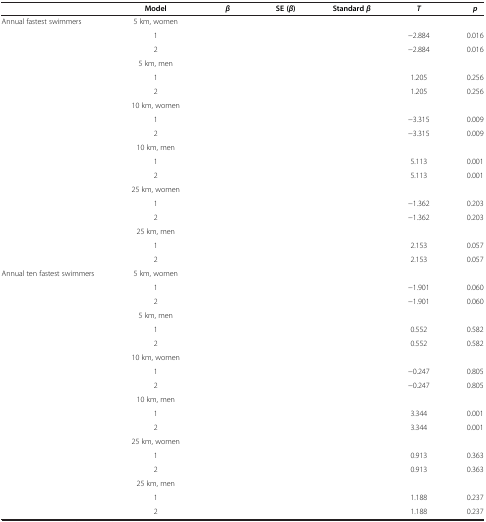
<table><thead><tr><td>[EMPTY_CELL]</td><td><b>Model</b></td><td><b><i>β</i></b></td><td><b>SE ( <i>β </i>)</b></td><td><b>Standard <i>β</i></b></td><td><b><i>T</i></b></td><td><b><i>p</i></b></td></tr></thead><tbody><tr><td>Annual fastest swimmers</td><td>5 km, women</td><td>[EMPTY_CELL]</td><td>[EMPTY_CELL]</td><td>[EMPTY_CELL]</td><td>[EMPTY_CELL]</td><td>[EMPTY_CELL]</td></tr><tr><td>[EMPTY_CELL]</td><td>1</td><td>[EMPTY_CELL]</td><td>[EMPTY_CELL]</td><td>[EMPTY_CELL]</td><td>-2.884</td><td>0.016</td></tr><tr><td>[EMPTY_CELL]</td><td>2</td><td>[EMPTY_CELL]</td><td>[EMPTY_CELL]</td><td>[EMPTY_CELL]</td><td>-2.884</td><td>0.016</td></tr><tr><td>[EMPTY_CELL]</td><td>5 km, men</td><td>[EMPTY_CELL]</td><td>[EMPTY_CELL]</td><td>[EMPTY_CELL]</td><td>[EMPTY_CELL]</td><td>[EMPTY_CELL]</td></tr><tr><td>[EMPTY_CELL]</td><td>1</td><td>[EMPTY_CELL]</td><td>[EMPTY_CELL]</td><td>[EMPTY_CELL]</td><td>1.205</td><td>0.256</td></tr><tr><td>[EMPTY_CELL]</td><td>2</td><td>[EMPTY_CELL]</td><td>[EMPTY_CELL]</td><td>[EMPTY_CELL]</td><td>1.205</td><td>0.256</td></tr><tr><td>[EMPTY_CELL]</td><td>10 km, women</td><td>[EMPTY_CELL]</td><td>[EMPTY_CELL]</td><td>[EMPTY_CELL]</td><td>[EMPTY_CELL]</td><td>[EMPTY_CELL]</td></tr><tr><td>[EMPTY_CELL]</td><td>1</td><td>[EMPTY_CELL]</td><td>[EMPTY_CELL]</td><td>[EMPTY_CELL]</td><td>-3.315</td><td>0.009</td></tr><tr><td>[EMPTY_CELL]</td><td>2</td><td>[EMPTY_CELL]</td><td>[EMPTY_CELL]</td><td>[EMPTY_CELL]</td><td>-3.315</td><td>0.009</td></tr><tr><td>[EMPTY_CELL]</td><td>10 km, men</td><td>[EMPTY_CELL]</td><td>[EMPTY_CELL]</td><td>[EMPTY_CELL]</td><td>[EMPTY_CELL]</td><td>[EMPTY_CELL]</td></tr><tr><td>[EMPTY_CELL]</td><td>1</td><td>[EMPTY_CELL]</td><td>[EMPTY_CELL]</td><td>[EMPTY_CELL]</td><td>5.113</td><td>0.001</td></tr><tr><td>[EMPTY_CELL]</td><td>2</td><td>[EMPTY_CELL]</td><td>[EMPTY_CELL]</td><td>[EMPTY_CELL]</td><td>5.113</td><td>0.001</td></tr><tr><td>[EMPTY_CELL]</td><td>25 km, women</td><td>[EMPTY_CELL]</td><td>[EMPTY_CELL]</td><td>[EMPTY_CELL]</td><td>[EMPTY_CELL]</td><td>[EMPTY_CELL]</td></tr><tr><td>[EMPTY_CELL]</td><td>1</td><td>[EMPTY_CELL]</td><td>[EMPTY_CELL]</td><td>[EMPTY_CELL]</td><td>-1.362</td><td>0.203</td></tr><tr><td>[EMPTY_CELL]</td><td>2</td><td>[EMPTY_CELL]</td><td>[EMPTY_CELL]</td><td>[EMPTY_CELL]</td><td>-1.362</td><td>0.203</td></tr><tr><td>[EMPTY_CELL]</td><td>25 km, men</td><td>[EMPTY_CELL]</td><td>[EMPTY_CELL]</td><td>[EMPTY_CELL]</td><td>[EMPTY_CELL]</td><td>[EMPTY_CELL]</td></tr><tr><td>[EMPTY_CELL]</td><td>1</td><td>[EMPTY_CELL]</td><td>[EMPTY_CELL]</td><td>[EMPTY_CELL]</td><td>2.153</td><td>0.057</td></tr><tr><td>[EMPTY_CELL]</td><td>2</td><td>[EMPTY_CELL]</td><td>[EMPTY_CELL]</td><td>[EMPTY_CELL]</td><td>2.153</td><td>0.057</td></tr><tr><td>Annual ten fastest swimmers</td><td>5 km, women</td><td>[EMPTY_CELL]</td><td>[EMPTY_CELL]</td><td>[EMPTY_CELL]</td><td>[EMPTY_CELL]</td><td>[EMPTY_CELL]</td></tr><tr><td>[EMPTY_CELL]</td><td>1</td><td>[EMPTY_CELL]</td><td>[EMPTY_CELL]</td><td>[EMPTY_CELL]</td><td>-1.901</td><td>0.060</td></tr><tr><td>[EMPTY_CELL]</td><td>2</td><td>[EMPTY_CELL]</td><td>[EMPTY_CELL]</td><td>[EMPTY_CELL]</td><td>-1.901</td><td>0.060</td></tr><tr><td>[EMPTY_CELL]</td><td>5 km, men</td><td>[EMPTY_CELL]</td><td>[EMPTY_CELL]</td><td>[EMPTY_CELL]</td><td>[EMPTY_CELL]</td><td>[EMPTY_CELL]</td></tr><tr><td>[EMPTY_CELL]</td><td>1</td><td>[EMPTY_CELL]</td><td>[EMPTY_CELL]</td><td>[EMPTY_CELL]</td><td>0.552</td><td>0.582</td></tr><tr><td>[EMPTY_CELL]</td><td>2</td><td>[EMPTY_CELL]</td><td>[EMPTY_CELL]</td><td>[EMPTY_CELL]</td><td>0.552</td><td>0.582</td></tr><tr><td>[EMPTY_CELL]</td><td>10 km, women</td><td>[EMPTY_CELL]</td><td>[EMPTY_CELL]</td><td>[EMPTY_CELL]</td><td>[EMPTY_CELL]</td><td>[EMPTY_CELL]</td></tr><tr><td>[EMPTY_CELL]</td><td>1</td><td>[EMPTY_CELL]</td><td>[EMPTY_CELL]</td><td>[EMPTY_CELL]</td><td>-0.247</td><td>0.805</td></tr><tr><td>[EMPTY_CELL]</td><td>2</td><td>[EMPTY_CELL]</td><td>[EMPTY_CELL]</td><td>[EMPTY_CELL]</td><td>-0.247</td><td>0.805</td></tr><tr><td>[EMPTY_CELL]</td><td>10 km, men</td><td>[EMPTY_CELL]</td><td>[EMPTY_CELL]</td><td>[EMPTY_CELL]</td><td>[EMPTY_CELL]</td><td>[EMPTY_CELL]</td></tr><tr><td>[EMPTY_CELL]</td><td>1</td><td>[EMPTY_CELL]</td><td>[EMPTY_CELL]</td><td>[EMPTY_CELL]</td><td>3.344</td><td>0.001</td></tr><tr><td>[EMPTY_CELL]</td><td>2</td><td>[EMPTY_CELL]</td><td>[EMPTY_CELL]</td><td>[EMPTY_CELL]</td><td>3.344</td><td>0.001</td></tr><tr><td>[EMPTY_CELL]</td><td>25 km, women</td><td>[EMPTY_CELL]</td><td>[EMPTY_CELL]</td><td>[EMPTY_CELL]</td><td>[EMPTY_CELL]</td><td>[EMPTY_CELL]</td></tr><tr><td>[EMPTY_CELL]</td><td>1</td><td>[EMPTY_CELL]</td><td>[EMPTY_CELL]</td><td>[EMPTY_CELL]</td><td>0.913</td><td>0.363</td></tr><tr><td>[EMPTY_CELL]</td><td>2</td><td>[EMPTY_CELL]</td><td>[EMPTY_CELL]</td><td>[EMPTY_CELL]</td><td>0.913</td><td>0.363</td></tr><tr><td>[EMPTY_CELL]</td><td>25 km, men</td><td>[EMPTY_CELL]</td><td>[EMPTY_CELL]</td><td>[EMPTY_CELL]</td><td>[EMPTY_CELL]</td><td>[EMPTY_CELL]</td></tr><tr><td>[EMPTY_CELL]</td><td>1</td><td>[EMPTY_CELL]</td><td>[EMPTY_CELL]</td><td>[EMPTY_CELL]</td><td>1.188</td><td>0.237</td></tr><tr><td>[EMPTY_CELL]</td><td>2</td><td>[EMPTY_CELL]</td><td>[EMPTY_CELL]</td><td>[EMPTY_CELL]</td><td>1.188</td><td>0.237</td></tr></tbody></table>